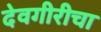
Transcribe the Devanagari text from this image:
देवगीरीचा